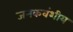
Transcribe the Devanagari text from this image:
जनकवंशीय